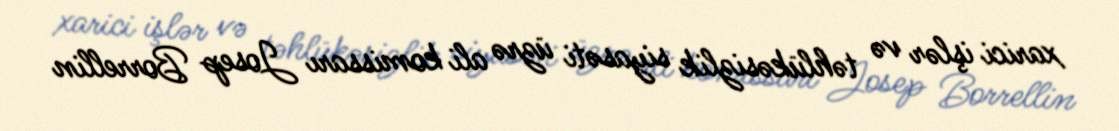
xarici işlər və təhlükəsizlik siyasəti üzrə ali komissarı Josep Borrellin